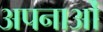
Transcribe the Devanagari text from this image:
अपनाओं